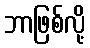
ဘာဖြစ်လို့